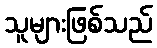
သူများဖြစ်သည်